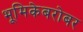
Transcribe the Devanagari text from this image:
भूमिकेबरोबर